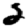
Digit: 2